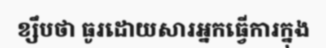
ខ្សឹបថា ធូរដោយសារអ្នកធ្វើការក្នុង